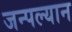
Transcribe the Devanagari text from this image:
जन्पल्यान